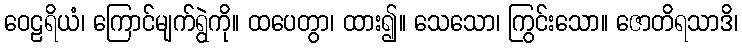
ဝေဠရိယံ၊ ကြောင်မျက်ရွဲကို။ ထပေတွာ၊ ထား၍။ သေသော၊ ကြွင်းသော။ ဇောတိရသာဒိ၊